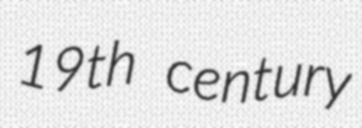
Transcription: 19th century